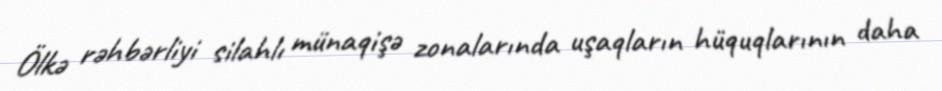
Ölkə rəhbərliyi silahlı münaqişə zonalarında uşaqların hüquqlarının daha